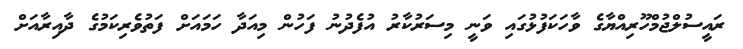
ރައީސުލްޖުމްހޫރިއްޔާގެ ވާހަކަފުޅުގައި ވަނީ މިސަރުކާރު އުފެދުނު ފަހުން މިއަދާ ހަމައަށް ފަތުވެރިކަމުގެ ދާއިރާއަށް